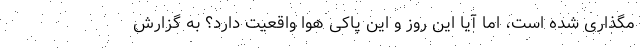
مگذاری شده است، اما آیا این روز و این پاکی هوا واقعیت دارد؟ به گزارش